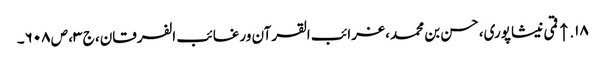
۱۸. ↑ قمی نیشاپوری، حسن بن محمد، غرائب القرآن ورغائب الفرقان، ج ۳، ص ۶۰۸۔